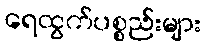
ရေထွက်ပစ္စည်းများ